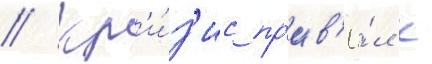
// Кр'и́з'ис пр'ив'ё́л к